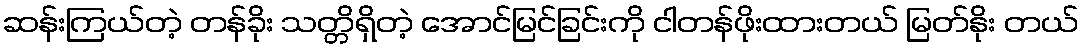
ဆန်းကြယ်တဲ့ တန်ခိုး သတ္တိရှိတဲ့ အောင်မြင်ခြင်းကို ငါတန်ဖိုးထားတယ် မြတ်နိုး တယ်